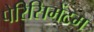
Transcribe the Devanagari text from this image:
पेरिसिमेंटम